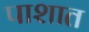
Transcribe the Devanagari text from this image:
पाशात